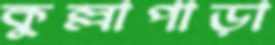
কুল্লাপাড়া